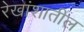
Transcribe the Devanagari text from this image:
रेखांशातील